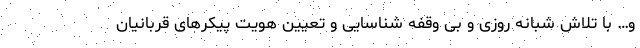
و… با تلاش شبانه روزی و بی وقفه شناسایی و تعیین هویت پیکرهای قربانیان